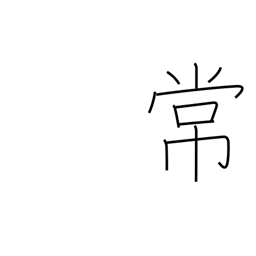
Meaning: regular